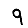
Digit: 9